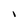
Character: l